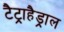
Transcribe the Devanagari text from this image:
टैट्राहैड्राल